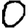
Digit: 0